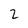
Character: 2